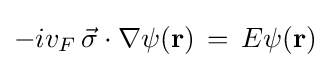
-iv_{F}\,{\vec {\sigma }}\cdot \nabla \psi (\mathbf {r} )\,=\,E\psi (\mathbf {r} )